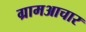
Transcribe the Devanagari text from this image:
ग्रामआचार